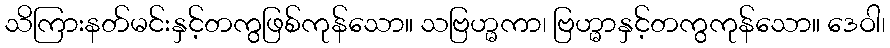
သိကြားနတ်မင်းနှင့်တကွဖြစ်ကုန်သော။ သဗြဟ္မကာ၊ ဗြဟ္မာနှင့်တကွကုန်သော။ ဒေဝါ၊